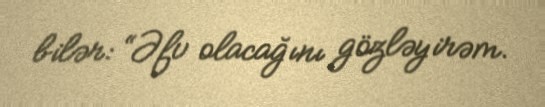
bilər: “Əfv olacağını gözləyirəm.